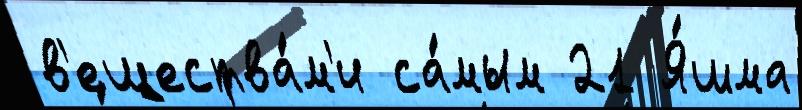
в'ещества́м'и са́мым 21 Я́шма